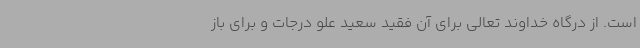
است. از درگاه خداوند تعالی برای آن فقید سعید علو درجات و برای باز